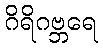
ဂိရိဂဗ္ဘရေ